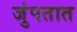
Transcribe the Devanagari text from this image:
जुंपतात